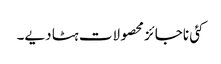
کئی ناجائز محصولات ہٹا دیے۔